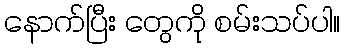
နောက်ပြီး တွေကို စမ်းသပ်ပါ။